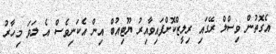
އެގޮތުން ވިސްލް ރޭގައި ރިލީޒްކޮށްފައިވާއިރު ޔޫޓިއުބް އިން އެކަނިވެސް އެ ލަވަ މިހާރު